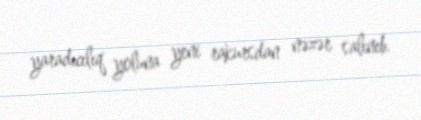
yaradıcılıq yoluna yeni rakursdan nəzər salınıb.